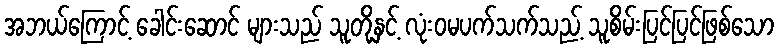
အဘယ်ကြောင့် ခေါင်းဆောင် များသည် သူတို့နှင့် လုံးဝမပက်သက်သည့် သူစိမ်းပြင်ပြင်ဖြစ်သော